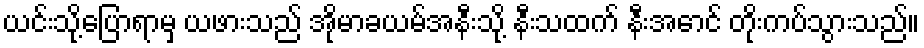
ယင်းသို့ပြောရာမှ ယဖားသည် အိုမာခယမ်အနီးသို့ နီးသထက် နီးအောင် တိုးကပ်သွားသည်။